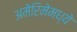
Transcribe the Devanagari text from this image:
अमेरिमेमध्ये